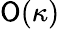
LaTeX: \mathsf{O}(\kappa)